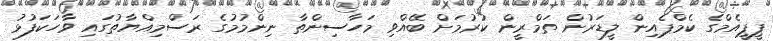
ޕީޕީއެމްގެ ކެމްޕެއިން ލީޑަރުން ތަމްރީން ކުރުމަށް ބޭއްވި މަހާސިންތާ ނިންމުމުގެ ރަސްމިއްޔާތުގައި ވާހަކަފުޅު